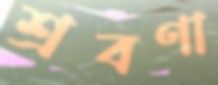
শ্রবণা